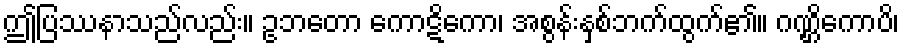
ဤပြဿနာသည်လည်း။ ဥဘတော ကောဋိကော၊ အစွန်းနှစ်ဘက်ထွက်၏။ ဂဏ္ဌိကောပိ၊